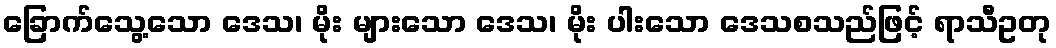
ခြောက်သွေ့သော ဒေသ၊ မိုး များသော ဒေသ၊ မိုး ပါးသော ဒေသစသည်ဖြင့် ရာသီဥတု